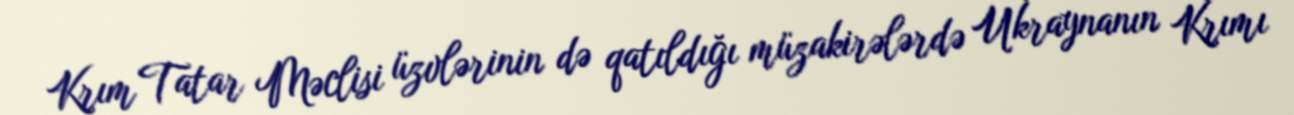
Krım Tatar Məclisi üzvlərinin də qatıldığı müzakirələrdə Ukraynanın Krımı